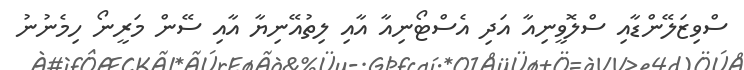
ސްވިޒަލޭންޑާއި ސްލޮވީނިއާ އަދި އެސްޓޯނިއާ އާއި ލިތުއޭނިޔާ އާއި ސޭން މަރީނޯ ހިމެނުނު